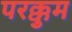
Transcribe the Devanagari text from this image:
परक्कुम